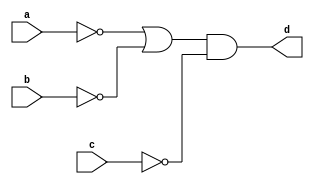
`timescale 1ns / 1ps

module bool1_a(
input a, b, c,
output d
    );
    assign d= ((~a)|(~b))&(~c);
endmodule